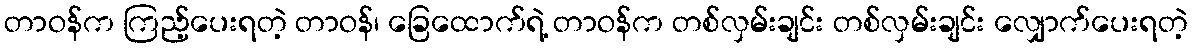
တာဝန်က ကြည့်ပေးရတဲ့ တာဝန်၊ ခြေထောက်ရဲ့ တာဝန်က တစ်လှမ်းချင်း တစ်လှမ်းချင်း လျှောက်ပေးရတဲ့